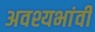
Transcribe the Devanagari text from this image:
अवश्यभांवी